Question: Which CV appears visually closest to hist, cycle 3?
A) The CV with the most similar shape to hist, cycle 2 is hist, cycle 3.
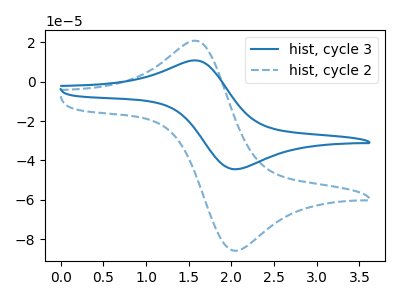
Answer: <think>The blue curve "hist, cycle 3" has an anodic peak at (1.60V, 10.60uA) and a cathodic peak at (2.05V, -44.45uA). The blue dashed curve "hist, cycle 2" has an anodic peak at (1.60V, 20.45uA) and a cathodic peak at (2.05V, -85.75uA).
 All the peaks in "hist, cycle 3" have a peak in "hist, cycle 2" at the same potential. Every peak in "hist, cycle 3" is lower than every peak in "hist, cycle 2".</think>
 <answer>A) The CV with the most similar shape to "hist, cycle 2" is "hist, cycle 3".</answer>
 <eval>A</eval>